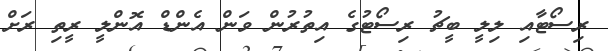
ރިސޯޓާއި ލިލީ ބީޗު ރިސޯޓުގެ އިތުރުން ވަން އެންޑް އޮންލީ ރީތި ރަށް